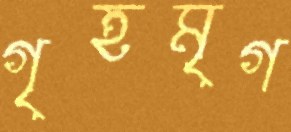
গৃহমৃগ